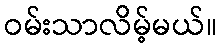
ဝမ်းသာလိမ့်မယ်။